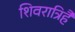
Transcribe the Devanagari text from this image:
शिवरात्रिहै